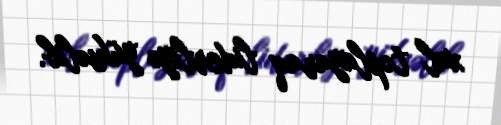
xal toplayaraq liderliyə yüksəlib.